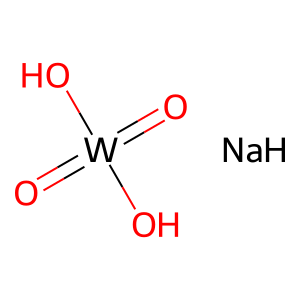
SMILES: O=[W](=O)(O)O.[NaH]
Inhibits HIV replication: No